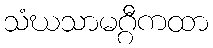
သံဃသာမဂ္ဂီကထာ